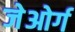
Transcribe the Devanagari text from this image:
जेओर्ग